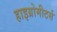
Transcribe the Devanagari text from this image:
हाइग्रोमीटर्स